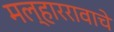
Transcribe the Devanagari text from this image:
मल्हाररावाचे